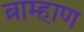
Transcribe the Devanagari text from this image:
ब्राम्हाण